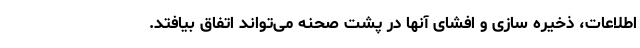
اطلاعات، ذخیره سازی و افشای آنها در پشت صحنه می‌تواند اتفاق بیافتد.